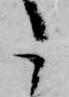
こ